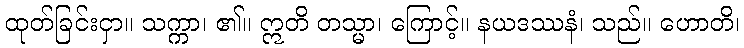
ထုတ်ခြင်းငှာ။ သက္ကာ၊ ၏။ ဣတိ တသ္မာ၊ ကြောင့်။ နယဒဿနံ၊ သည်။ ဟောတိ၊